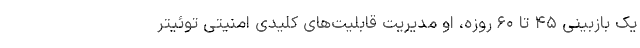
یک بازبینی ۴۵ تا ۶۰ روزه، او مدیریت قابلیت‌های کلیدی امنیتی توئیتر